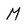
Character: M